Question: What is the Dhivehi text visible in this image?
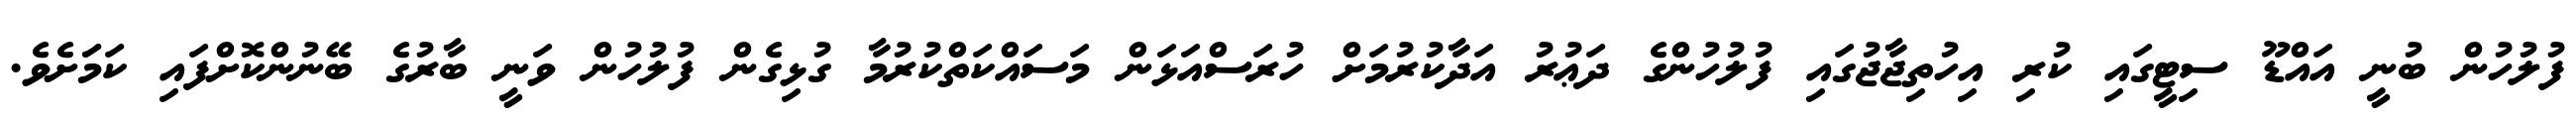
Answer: ފުލުހުން ބުނީ އައްޑޫ ސިޓީގައި ކުރި އިހުތިޖާޖުގައި ފުލުހުންގެ ދަޢުރު އަދާކުރުމަށް ހުރަސްއަޅަން މަސައްކަތްކުރުމާ ގުޅިގެން ފުލުހުން ވަނީ ބާރުގެ ބޭނުންކޮށްފައި ކަމަަށެވެ.